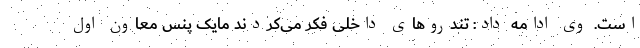
است. وی ادامه داد: تندروهای داخلی فکر می‌کردند مایک پنس معاون اول